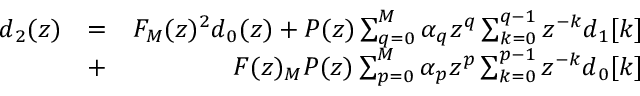
\begin{array} { r l r } { d _ { 2 } ( z ) } & { = } & { F _ { M } ( z ) ^ { 2 } d _ { 0 } ( z ) + P ( z ) \sum _ { q = 0 } ^ { M } \alpha _ { q } z ^ { q } \sum _ { k = 0 } ^ { q - 1 } z ^ { - k } { d _ { 1 } [ k ] } } \\ & { + } & { F ( z ) _ { M } P ( z ) \sum _ { p = 0 } ^ { M } \alpha _ { p } z ^ { p } \sum _ { k = 0 } ^ { p - 1 } z ^ { - k } d _ { 0 } [ k ] } \end{array}